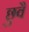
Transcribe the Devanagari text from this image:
छुवै